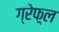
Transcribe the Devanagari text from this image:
ग्रेफ़्ल